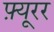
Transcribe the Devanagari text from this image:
फ़्यूरर